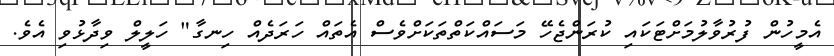
އެމީހުން ފުރުވާލުމަށްޓަކައި ކުރަންޖެހޭ މަަސައްކަތްތަކަށްވެސް އެތައް ހަރަދެއް ހިނގާ" ހަލީލް ވިދާޅުވި އެވެ.